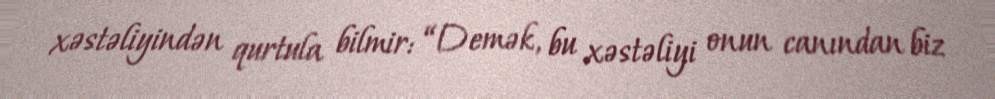
xəstəliyindən qurtula bilmir: “Demək, bu xəstəliyi onun canından biz